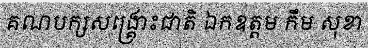
គណបក្សសង្គ្រោះជាតិ ឯកឧត្តម កឹម សុខា